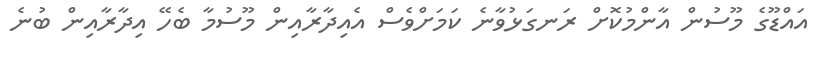
އައްޑޫގެ މޫސުން އާންމުކޮށް ރަނގަޅުވާނެ ކަމަށްވެސް އެއިދާރާއިން މޫސުމާ ބެހޭ އިދާރާއިން ބުނެ